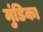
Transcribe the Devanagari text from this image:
मुंडिका